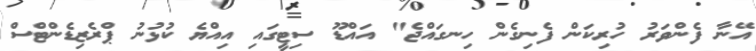
އޭނާ ފެންވަރު ހުރިކަން ފެނިގެން ހިނގައްޖެ" އައްޑޫ ސިޓީގައި އިއްޔެ ކުޅުނު ޕްރެޒިޑެންޓްސް